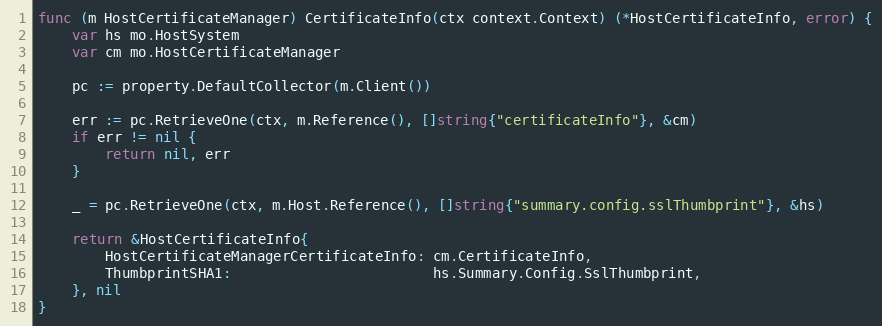
Language: Go
func (m HostCertificateManager) CertificateInfo(ctx context.Context) (*HostCertificateInfo, error) {
	var hs mo.HostSystem
	var cm mo.HostCertificateManager

	pc := property.DefaultCollector(m.Client())

	err := pc.RetrieveOne(ctx, m.Reference(), []string{"certificateInfo"}, &cm)
	if err != nil {
		return nil, err
	}

	_ = pc.RetrieveOne(ctx, m.Host.Reference(), []string{"summary.config.sslThumbprint"}, &hs)

	return &HostCertificateInfo{
		HostCertificateManagerCertificateInfo: cm.CertificateInfo,
		ThumbprintSHA1:                        hs.Summary.Config.SslThumbprint,
	}, nil
}